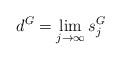
LaTeX: \begin{align*}d^G=\lim_{j \to \infty} s^G_j\end{align*}